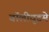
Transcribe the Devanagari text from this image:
बॉलीवूडमे